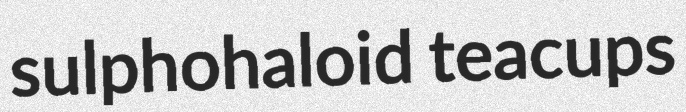
sulphohaloid teacups